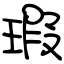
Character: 瑕